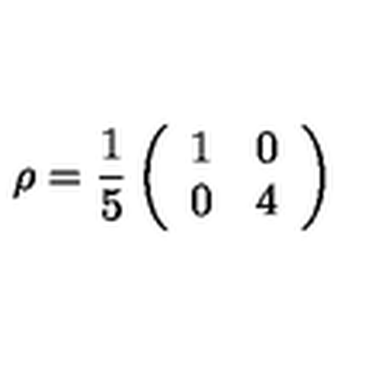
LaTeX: \rho = \frac { 1 } { 5 } \left( \begin{array} { c c } { 1 } & { 0 } \\ { 0 } & { 4 } \\ \end{array} \right)